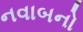
નવાબનો